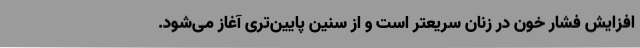
افزایش فشار خون در زنان سریعتر است و از سنین پایین‌تری آغاز می‌شود.